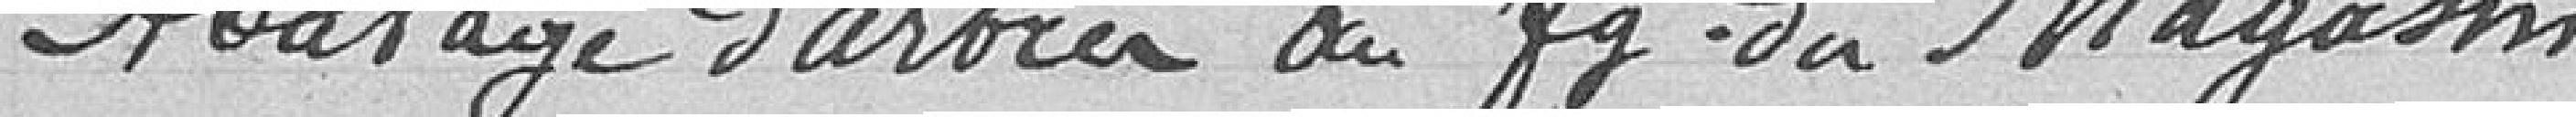
Abattage d'arbres au f du magasin